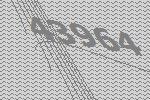
43964